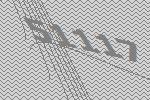
51117